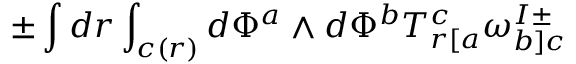
\pm \int d r \int _ { c ( r ) } d \Phi ^ { a } \wedge d \Phi ^ { b } T _ { r [ a } ^ { c } \omega _ { b ] c } ^ { I \pm }